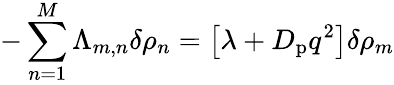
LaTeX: -\sum_{n=1}^{M}\Lambda_{m,n}\delta\rho_{n}=\left[\lambda+D_{\mathrm{p}}q^{2}\right]\delta\rho_{m}